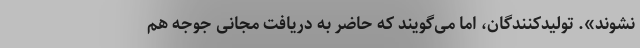
نشوند». تولیدکنندگان، اما می‌گویند که حاضر به دریافت مجانی جوجه هم